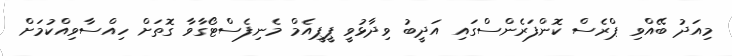
މިއަދު ބޭއްވި ޕްރެސް ކޮންފަރެންސްގައި އަދީބު ވިދާޅުވީ ޕީޕީއެމް މެނިފެސްޓޯގާވާ ގޮތަށް ހިއްސާވިއްކުމަށް